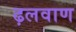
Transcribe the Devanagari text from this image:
ढ़लवाण